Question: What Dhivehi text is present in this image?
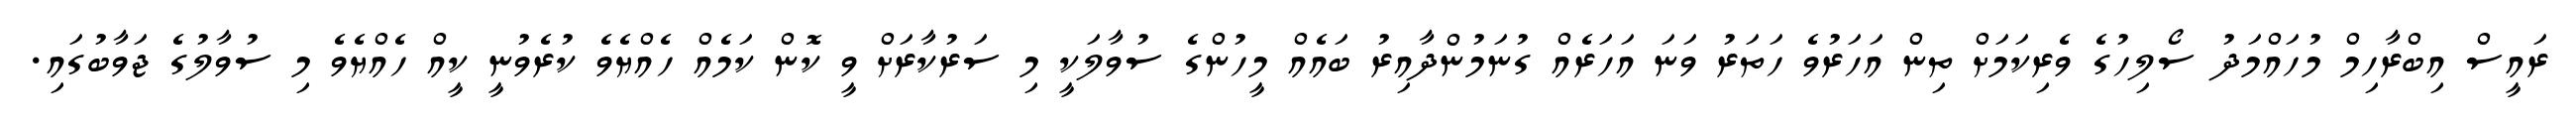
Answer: ރައީސް އިބްރާހިމް މުހައްމަދު ސޯލިހުގެ ވެރިކަމަށް ތިން އަހަރުވެ ހަތަރު ވަނަ އަހަރެއް ގުނަމުންދާއިރު ބައެއް މީހުންގެ ސުވާލަކީ މި ސަރުކާރަށް ވީ ކޮން ކަމެއް ހެއްޔެވެ ކުރެވުނީ ކީއް ހެއްޔެވެ މި ސުވާލުގެ ޖަވާބުގައި.